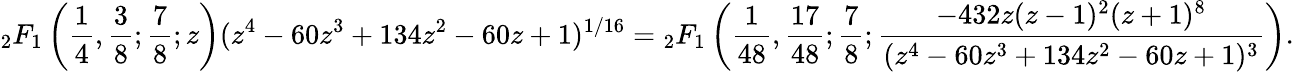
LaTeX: {}_{2}F_{1}\left({\frac{1}{4}},{\frac{3}{8}};{\frac{7}{8}};z\right)(z^{4}-60z^{3}+134z^{2}-60z+1)^{1/16}={}_{2}F_{1}\left({\frac{1}{48}},{\frac{17}{48}};{\frac{7}{8}};{\frac{-432z(z-1)^{2}(z+1)^{8}}{(z^{4}-60z^{3}+134z^{2}-60z+1)^{3}}}\right).